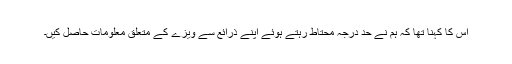
اس کا کہنا تھا کہ ہم نے حد درجہ محتاط رہتے ہوئے اپنے ذرائع سے ویزے کے متعلق معلومات حاصل کیں۔